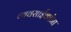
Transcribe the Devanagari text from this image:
व्यवसाईकांना